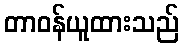
တာဝန်ယူထားသည်